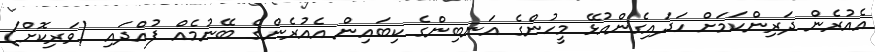
އެއުރެން ދަރިންކަމަށް ހަދައިގެންއުޅޭ މީހުންގެ އަނބިންގެ ކިބައިން އެއުރެންގެ ބޭނުމެއް ފުއްދައި (ވަރިކޮށް)